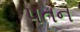
પતન